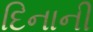
દિનાની